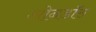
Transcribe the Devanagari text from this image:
ओनडॉस